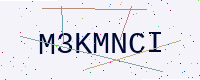
Text: M3KMNCI